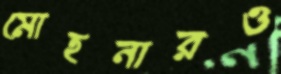
মোহনারও